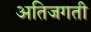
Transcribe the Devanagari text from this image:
अतिजगती